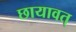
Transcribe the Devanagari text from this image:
छायावत्‌